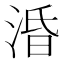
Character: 涽